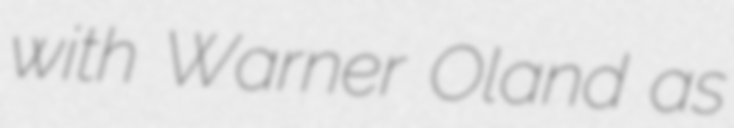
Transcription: with Warner Oland as